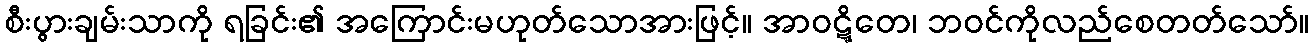
စီးပွားချမ်းသာကို ရခြင်း၏ အကြောင်းမဟုတ်သောအားဖြင့်။ အာဝဋ္ဋိတေ၊ ဘဝင်ကိုလည်စေတတ်သော်။